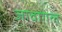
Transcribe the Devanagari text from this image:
जावागल